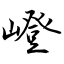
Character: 嶝